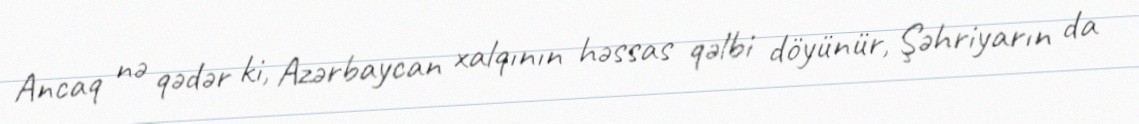
Ancaq nə qədər ki, Azərbaycan xalqının həssas qəlbi döyünür, Şəhriyarın da